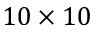
1 0 \times 1 0